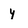
Character: y